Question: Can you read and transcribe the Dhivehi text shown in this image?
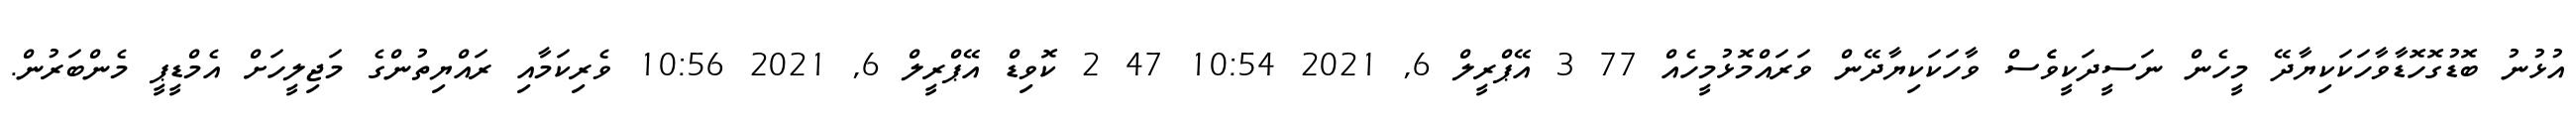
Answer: އުޅުނު ބޮޑުގޮހޮޑާވާހަކަކިޔާދޭ މީހެން ނަސީދަކީވެެސް ވާހަކަކިޔާދޭން ވަރައްމޮޅުމީހެއް 77 3 އޭޕްރީލް 6, 2021 10:54 47 2 ކޮވިޑް އޭޕްރީލް 6, 2021 10:56 ވެރިކަމާއި ރައްޔިތުންގެ މަޖިލީހަށް އެމްޑީޕީ މެންބަރުން.